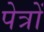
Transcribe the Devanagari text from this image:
पेत्रों